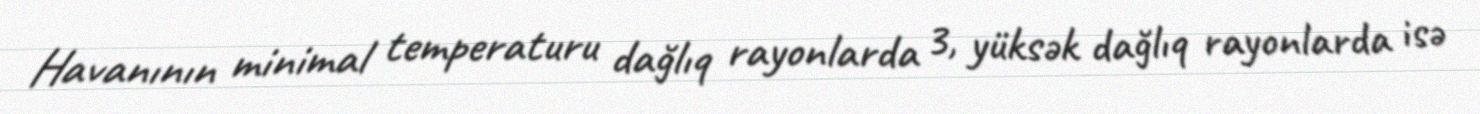
Havanının minimal temperaturu dağlıq rayonlarda 3, yüksək dağlıq rayonlarda isə